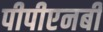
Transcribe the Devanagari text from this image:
पीपीएनबी